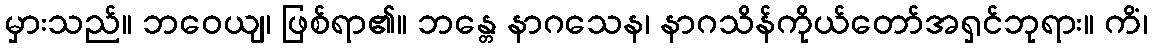
မှားသည်။ ဘဝေယျ၊ ဖြစ်ရာ၏။ ဘန္တေ နာဂသေန၊ နာဂသိန်ကိုယ်တော်အရှင်ဘုရား။ ကိံ၊